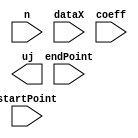
`timescale 1ns / 1ps
//////////////////////////////////////////////////////////////////////////////////
// Company: 
// Engineer: 
// 
// Design Name: 
// Module Name:    calculateUj 
// Project Name: 
// Target Devices: 
// Tool versions: 
// Description: 
//
// Dependencies: 
//
// Revision: 
// Revision 0.01 - File Created
// Additional Comments: 
//
//////////////////////////////////////////////////////////////////////////////////
module calculateUj(
    input n,
    input [23:0] dataX,
    input [8:0] coeff,
    input startPoint,
    input endPoint,
    output uj
    );


endmodule